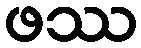
ဖဿ